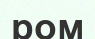
ром